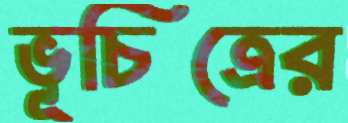
ভূচিত্রের